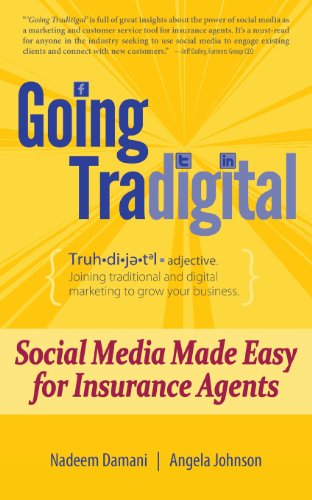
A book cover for Going Tradigital: Social Media Made Easy for Insurance Agents; Nadeem Damani; Business & Money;